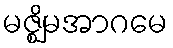
မဇ္ဈိမအာဂမေ